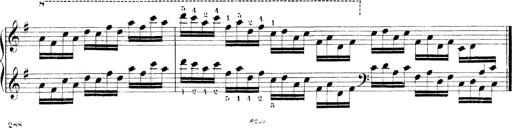
Title: Technische Studien
Composer: Franz Liszt